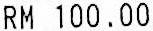
RM 100.00